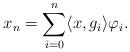
LaTeX: \begin{align*}x_n=\sum_{i=0}^{n}\langle x,g_i\rangle \varphi_i.\end{align*}